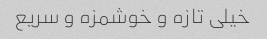
خیلی تازه و خوشمزه و سریع